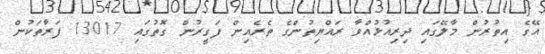
އޭގެ އިތުރުން މާލޭގައި ދިރިއުޅުއްވާ ރައްޔިތުންގެ ތެރެއިން ފަގީރުން ގޮތުގައި 13017 ފަރާތަކުން